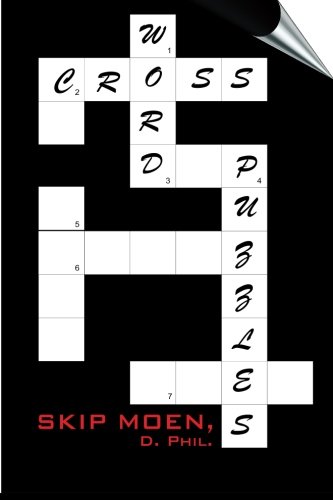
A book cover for Cross Word Puzzles: A Brief Examination of the Meaning of the Cross from a Hebraic Perspective; Skip Moen; Christian Books & Bibles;